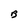
Character: B